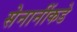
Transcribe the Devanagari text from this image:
सेनानींकडे